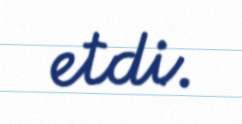
etdi.